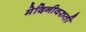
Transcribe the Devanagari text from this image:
मेदिनीवरुती